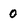
Character: 0